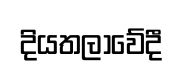
දියතලාවේදී